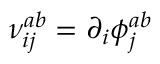
\nu _ { i j } ^ { a b } = \partial _ { i } \phi _ { j } ^ { a b }